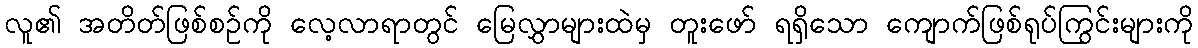
လူ၏ အတိတ်ဖြစ်စဉ်ကို လေ့လာရာတွင် မြေလွှာများထဲမှ တူးဖော် ရရှိသော ကျောက်ဖြစ်ရုပ်ကြွင်းများကို